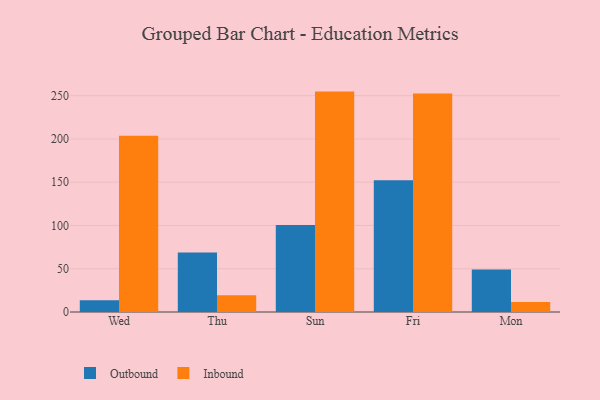
{"axis": {"x": "Day", "y": "Population (Million)"}, "legend": ["Inbound", "Outbound"], "data": [{"x": "Wed", "y": 13.5, "type": "Outbound"}, {"x": "Wed", "y": 203.6, "type": "Inbound"}, {"x": "Thu", "y": 68.9, "type": "Outbound"}, {"x": "Thu", "y": 19.5, "type": "Inbound"}, {"x": "Sun", "y": 100.4, "type": "Outbound"}, {"x": "Sun", "y": 254.7, "type": "Inbound"}, {"x": "Fri", "y": 152.3, "type": "Outbound"}, {"x": "Fri", "y": 252.6, "type": "Inbound"}, {"x": "Mon", "y": 49.2, "type": "Outbound"}, {"x": "Mon", "y": 11.6, "type": "Inbound"}]}